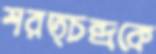
শরত্চন্দ্রকে